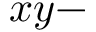
x y -